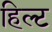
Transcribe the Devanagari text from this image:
हिल्ट